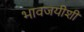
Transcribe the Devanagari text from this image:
भावजयीशी